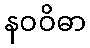
နဝဝိဓာ